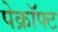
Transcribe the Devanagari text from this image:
पेक्रॉफ्ट